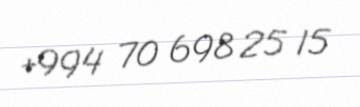
+994 70 698 25 15